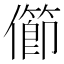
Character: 𠐉